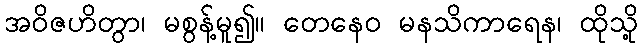
အဝိဇဟိတွာ၊ မစွန့်မူ၍။ တေနေဝ မနသိကာရေန၊ ထိုသို့